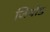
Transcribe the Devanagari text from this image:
जियोड